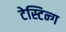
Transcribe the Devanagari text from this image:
टेस्टिन्ग